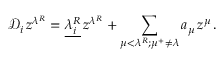
{ \mathcal D } _ { i } \, z ^ { \lambda ^ { R } } = \underline { { { { \lambda } _ { i } ^ { R } } } } \, z ^ { \lambda ^ { R } } + \sum _ { \mu < \lambda ^ { R } ; \mu ^ { + } \neq \lambda } a _ { \mu } \, z ^ { \mu } \, .